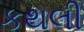
કથલી